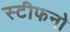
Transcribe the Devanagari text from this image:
स्टीफनो